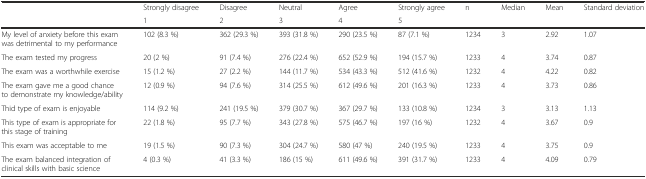
<table><thead><tr><td></td><td><b>Strongly disagree</b></td><td><b>Disagree</b></td><td><b>Neutral</b></td><td><b>Agree</b></td><td><b>Strongly agree</b></td><td><b>n</b></td><td><b>Median</b></td><td><b>Mean</b></td><td><b>Standard deviation</b></td></tr><tr><td></td><td><b>1</b></td><td><b>2</b></td><td><b>3</b></td><td><b>4</b></td><td><b>5</b></td><td></td><td></td><td></td><td></td></tr></thead><tbody><tr><td>My level of anxiety before this exam was detrimental to my performance</td><td>102 (8.3 %)</td><td>362 (29.3 %)</td><td>393 (31.8 %)</td><td>290 (23.5 %)</td><td>87 (7.1 %)</td><td>1234</td><td>3</td><td>2.92</td><td>1.07</td></tr><tr><td>The exam tested my progress</td><td>20 (2 %)</td><td>91 (7.4 %)</td><td>276 (22.4 %)</td><td>652 (52.9 %)</td><td>194 (15.7 %)</td><td>1233</td><td>4</td><td>3.74</td><td>0.87</td></tr><tr><td>The exam was a worthwhile exercise</td><td>15 (1.2 %)</td><td>27 (2.2 %)</td><td>144 (11.7 %)</td><td>534 (43.3 %)</td><td>512 (41.6 %)</td><td>1232</td><td>4</td><td>4.22</td><td>0.82</td></tr><tr><td>The exam gave me a good chance to demonstrate my knowledge/ability</td><td>12 (0.9 %)</td><td>94 (7.6 %)</td><td>314 (25.5 %)</td><td>612 (49.6 %)</td><td>201 (16.3 %)</td><td>1233</td><td>4</td><td>3.73</td><td>0.86</td></tr><tr><td>Thid type of exam is enjoyable</td><td>114 (9.2 %)</td><td>241 (19.5 %)</td><td>379 (30.7 %)</td><td>367 (29.7 %)</td><td>133 (10.8 %)</td><td>1234</td><td>3</td><td>3.13</td><td>1.13</td></tr><tr><td>This type of exam is appropriate for this stage of training</td><td>22 (1.8 %)</td><td>95 (7.7 %)</td><td>343 (27.8 %)</td><td>575 (46.7 %)</td><td>197 (16 %)</td><td>1232</td><td>4</td><td>3.67</td><td>0.9</td></tr><tr><td>This exam was acceptable to me</td><td>19 (1.5 %)</td><td>90 (7.3 %)</td><td>304 (24.7 %)</td><td>580 (47 %)</td><td>240 (19.5 %)</td><td>1233</td><td>4</td><td>3.75</td><td>0.9</td></tr><tr><td>The exam balanced integration of clinical skills with basic science</td><td>4 (0.3 %)</td><td>41 (3.3 %)</td><td>186 (15 %)</td><td>611 (49.6 %)</td><td>391 (31.7 %)</td><td>1233</td><td>4</td><td>4.09</td><td>0.79</td></tr></tbody></table>